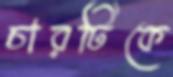
চারটিকে